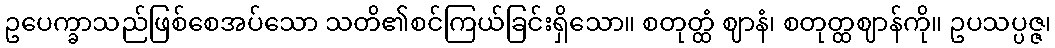
ဥပေက္ခာသည်ဖြစ်စေအပ်သော သတိ၏စင်ကြယ်ခြင်းရှိသော။ စတုတ္ထံ ဈာနံ၊ စတုတ္ထဈာန်ကို။ ဥပသပ္ပဇ္ဇ၊